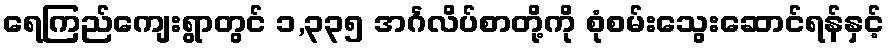
ရေကြည်ကျေးရွာတွင် ၁,၃၃၅ အင်္ဂလိပ်စာတို့ကို စုံစမ်းသွေးဆောင်ရန်နှင့်